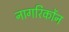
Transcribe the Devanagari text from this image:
नागरिकोंन